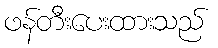
ဖန်တီးပေးထားသည်